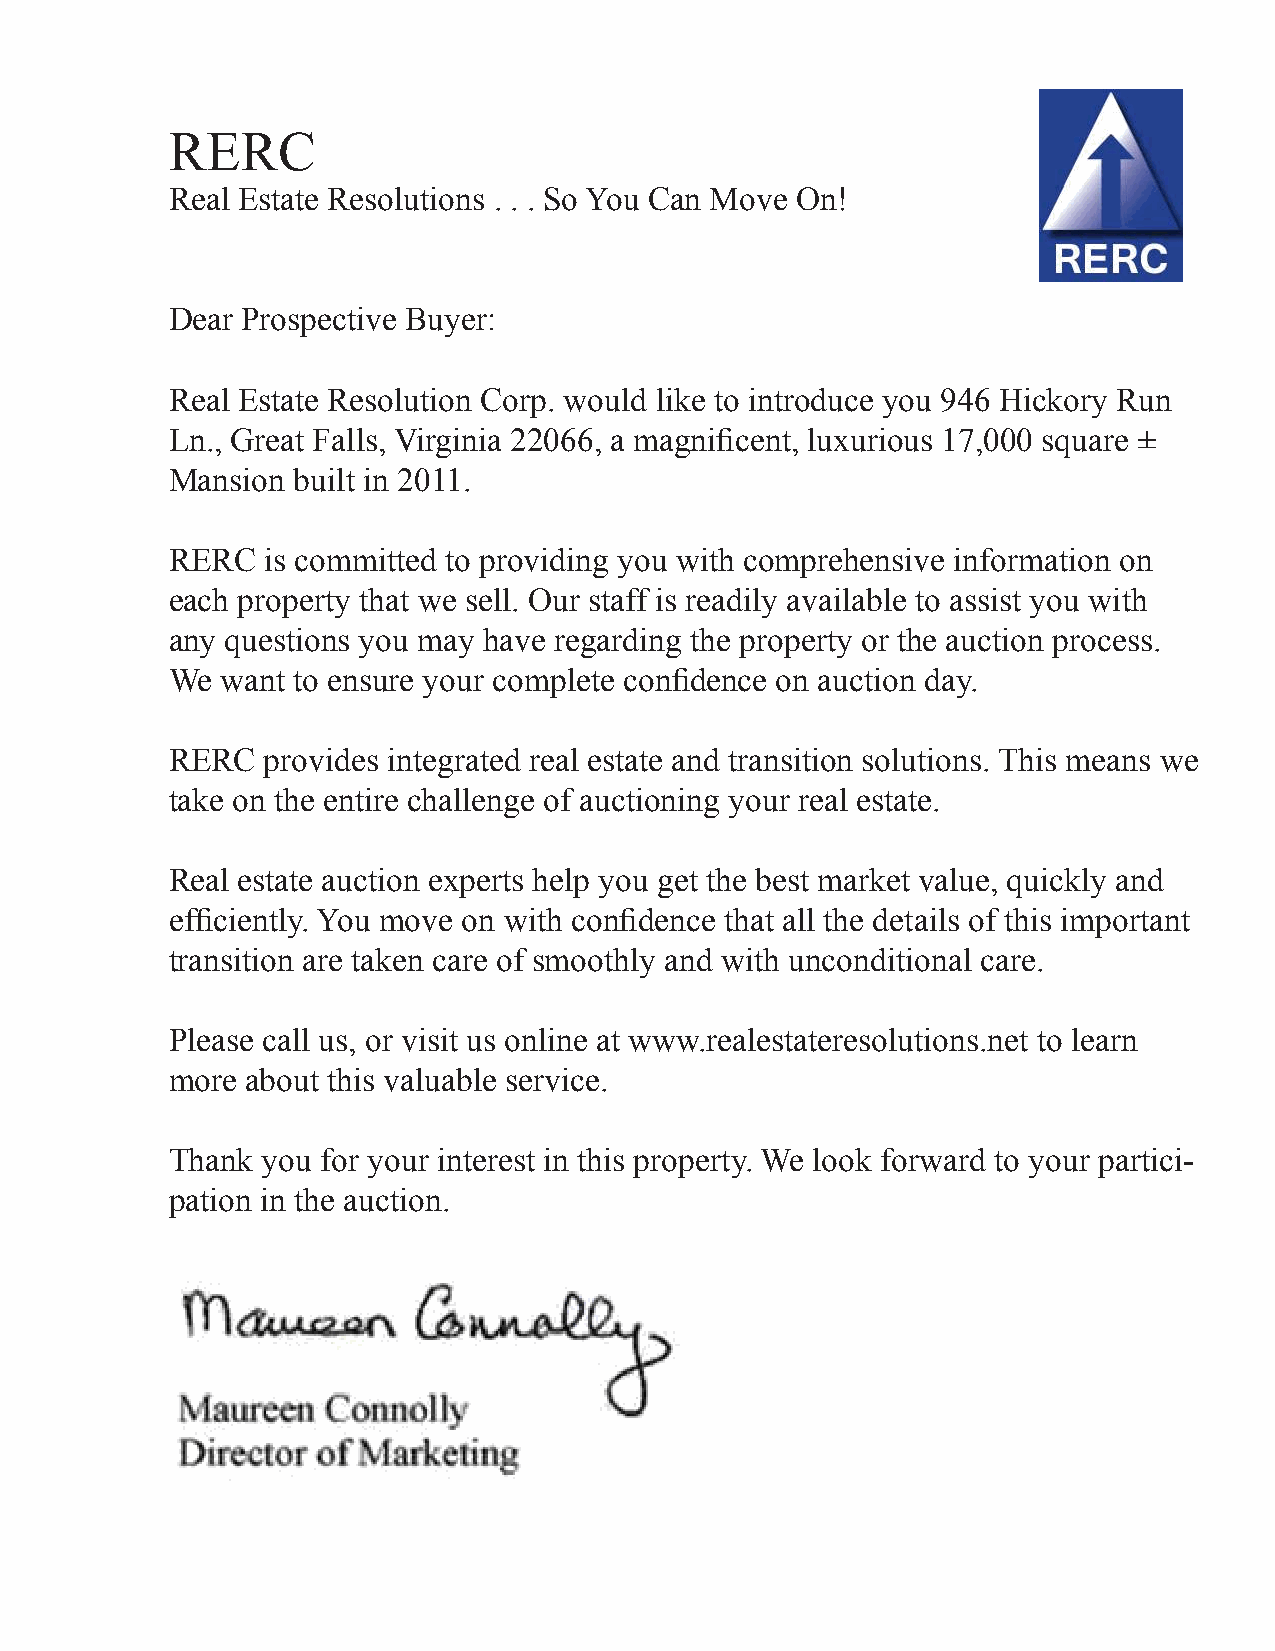
RERC
 Real Estate Resolutions . . . So You Can Move On!
 Dear Prospective Buyer:
 Real Estate Resolution Corp. would like to introduce you 946 Hickory Run
 Ln., Great Falls, Virginia 22066, a magnificent, luxurious 17,000 square ±
 Mansion built in 2011.
 RERC  is committed to providing you with comprehensive information on
 each property that we sell. Our staff is readily available to assist you with
 any questions you may have regarding the property or the auction process.
 We  want to ensure your complete confidence on auction day.
 RERC  provides integrated real estate and transition solutions. This means we
 take on the entire challenge of auctioning your real estate.
 Real estate auction experts help you get the best market value, quickly and
 efficiently. You move on with confidence that all the details of this important
 transition are taken care of smoothly and with unconditional care.
 Please call us, or visit us online at www.realestateresolutions.net to learn
 more about this valuable service.
 Thank you for your interest in this property. We look forward to your partici-
 pation in the auction.
 Sincerely;